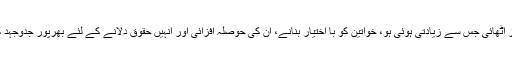
انہوں نے ہر شخص کے لئے آواز اٹھائی جس سے زیادتی ہوئی ہو، خواتین کو با اختیار بنانے، ان کی حوصلہ افزائی اور انہیں حقوق دلانے کے لئے بھرپور جدوجہد کی، وہ تاریخ ساز شخصیت تھیں۔